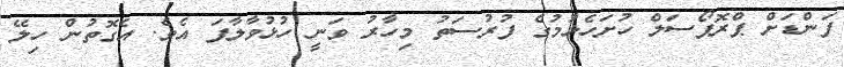
ފަންޑަށް ޕްރޮޕޯސަލް ހުށަހެޅުމުގެ ފުރުސަތު މިހާރު ވަނީ ހުޅުވާލާފަ އެވެ. އެގޮތުން ހިލޭ